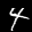
Label: 4